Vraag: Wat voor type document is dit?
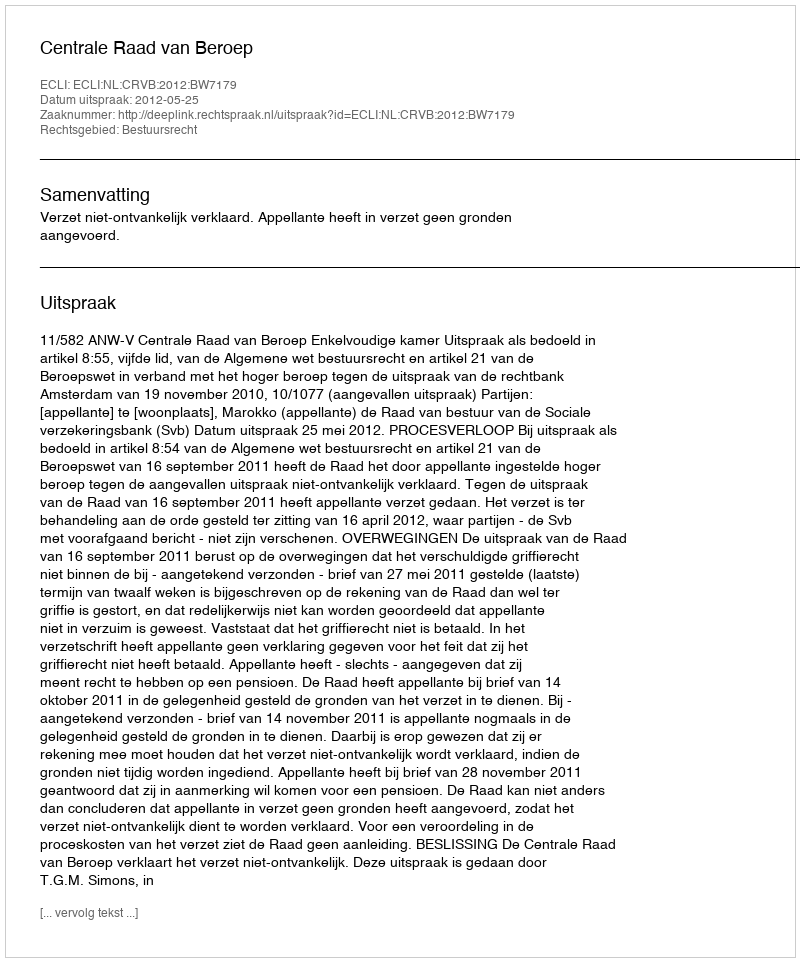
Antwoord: Uitspraak